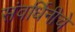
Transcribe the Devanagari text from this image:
संवर्धिनीचे